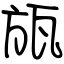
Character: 瓬